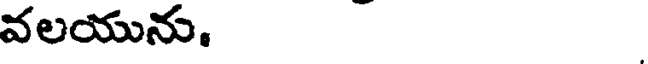
వలయును.